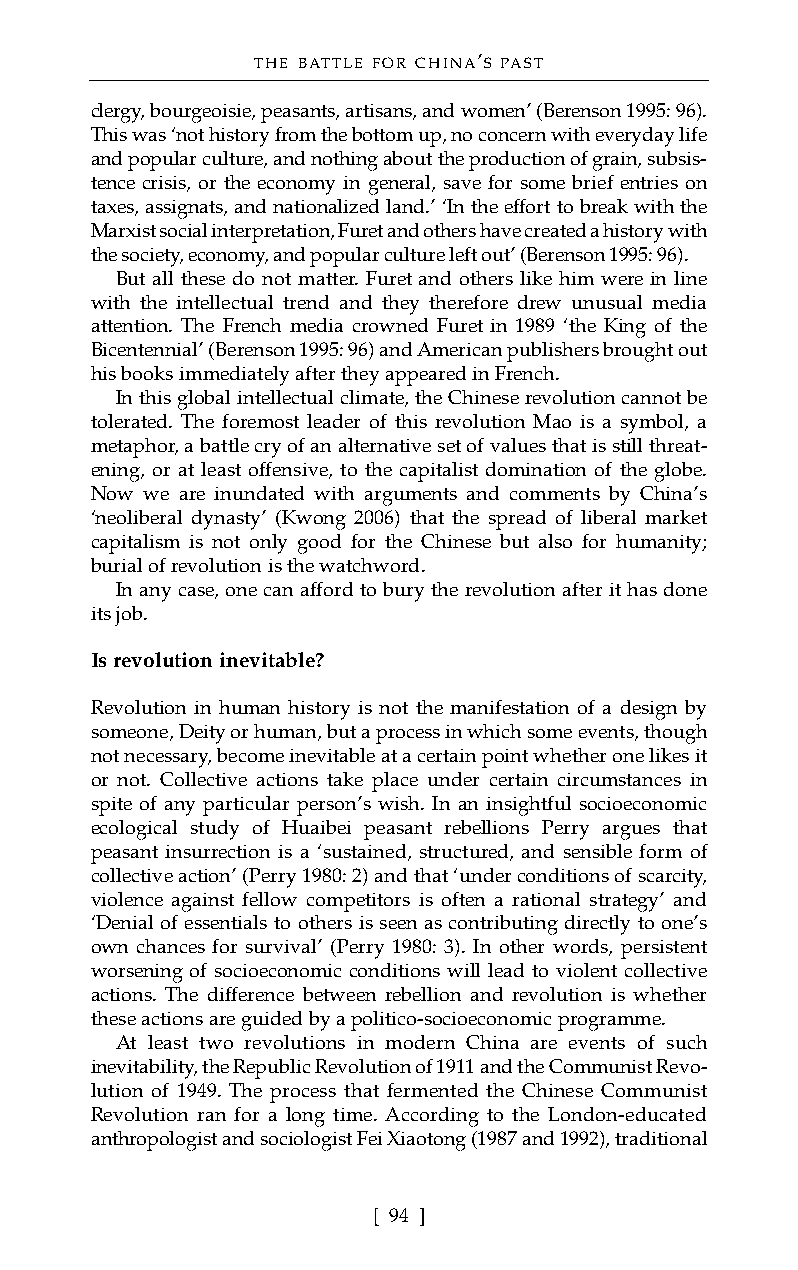
THE BATTLE FOR CHINA’S PAST
 clergy, bourgeoisie, peasants, artisans, and women’ (Berenson 1995: 96).
 This was ‘not history from the bottom up, no concern with everyday life
 and popular culture, and nothing about the production of grain, subsis-
 tence crisis, or the economy in general, save for some brief entries on
 taxes, assignats, and nationalized land.’ ‘In the effort to break with the
 Marxist social interpretation, Furet and others have created a history with
 the society, economy, and popular culture left out’ (Berenson 1995: 96).
 But all these do not matter. Furet and others like him were in line
 with the intellectual trend and they therefore drew unusual media
 attention. The French media crowned Furet in 1989 ‘the King of the
 Bicentennial’ (Berenson 1995: 96) and American publishers brought out
 his books immediately after they appeared in French.
 In this global intellectual climate, the Chinese revolution cannot be
 tolerated. The foremost leader of this revolution Mao is a symbol, a
 metaphor, a battle cry of an alternative set of values that is still threat-
 ening, or at least offensive, to the capitalist domination of the globe.
 Now we are inundated with arguments and comments by China’s
 ‘neoliberal dynasty’ (Kwong 2006) that the spread of liberal market
 capitalism is not only good for the Chinese but also for humanity;
 burial of revolution is the watchword.
 In any case, one can afford to bury the revolution after it has done
 its job.
 Is revolution inevitable?
 Revolution in human history is not the manifestation of a design by
 someone, Deity or human, but a process in which some events, though
 not necessary, become inevitable at a certain point whether one likes it
 or not. Collective actions take place under certain circumstances in
 spite of any particular person’s wish. In an insightful socioeconomic
 ecological study of Huaibei peasant rebellions Perry argues that
 peasant insurrection is a ‘sustained, structured, and sensible form of
 collective action’ (Perry 1980: 2) and that ‘under conditions of scarcity,
 violence against fellow competitors is often a rational strategy’ and
 ‘Denial of essentials to others is seen as contributing directly to one’s
 own chances for survival’ (Perry 1980: 3). In other words, persistent
 worsening of socioeconomic conditions will lead to violent collective
 actions. The difference between rebellion and revolution is whether
 these actions are guided by a politico-socioeconomic programme.
 At least two revolutions in modern China are events of such
 inevitability, the Republic Revolution of 1911 and the Communist Revo-
 lution of 1949. The process that fermented the Chinese Communist
 Revolution ran for a long time. According to the London-educated
 anthropologist and sociologist Fei Xiaotong (1987 and 1992), traditional
 [ 94 ]